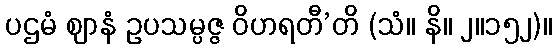
ပဌမံ ဈာနံ ဥပသမ္ပဇ္ဇ ဝိဟရတီ’တိ (သံ။ နိ။ ၂။၁၅၂)။